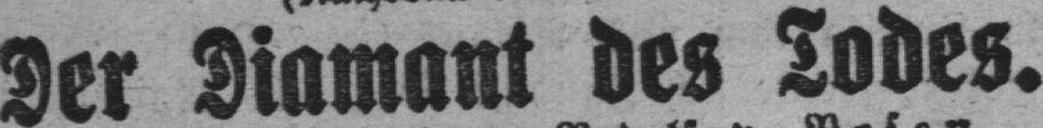
Der Diamant des Todes.